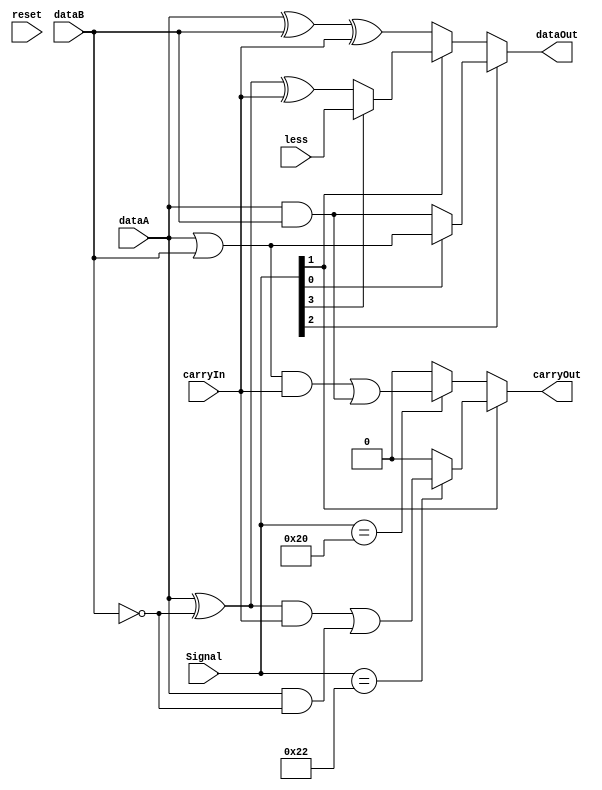
`timescale 1ns/1ns

module one_bit_ALU( dataA, dataB, carryIn, Signal, dataOut, carryOut, reset, less ) ;
input reset ;   // reset1
input dataA ;   // Abit
input dataB ; 	// Bbit
input carryIn ; // ALUcarryin
input [5:0] Signal ; // 
output dataOut ;  	 // 
output carryOut ;	 // carryOut
input less ;

// Signal 6-bits
// and : 36
// or  : 37
// add : 32
// sub : 34
// slt : 42

wire w1,w2,w3 ;  
wire tempB ;
wire temp ;
assign temp = 1'b1 ;
wire andOut, orOut ;
wire sum, carry ;
wire s1,s2,s3 ;
wire diff, dcarry ;
wire less ;

parameter AND = 6'b100100 ; //[5],[2]
parameter OR  = 6'b100101 ;//[5],[2],[0]
parameter ADD = 6'b100000 ;//[5]
parameter SUB = 6'b100010 ;//[5],[1]
parameter SLT = 6'b101010 ;//[5],[3],[1]

/**/

//assign dataOut = (reset) ? 1'b0 : dataOut ;

/*reset*/

// AND and OR gate below
and ( andOut, dataA, dataB ) ;
or ( orOut, dataA, dataB ) ;

// adder
xor ( w1, dataA, dataB ) ;
xor ( sum, w1, carryIn ) ;
// adder carry //
and ( w2, orOut, carryIn ) ;
or ( carry, w2, andOut ) ;

// subber
xor ( tempB, 1'b1, dataB ) ; // tempB = b xor 1
xor ( s1, dataA, tempB ) ;	 // s1 = a xor ( b xor 1 )
xor ( diff, s1, carryIn ) ;  // sum = ( a xor ( b xor 1 )) xor cin
and ( s2, s1, carryIn ) ;	 // s2 = ( a xor ( b xor 1 )) and cin
and ( s3, dataA, tempB ) ;   // s3 = a and ( b xor 1 )
or ( dcarry, s2, s3 ) ;		 // cout = s2 

// less


assign carryOut = Signal[1] ? ((Signal == SUB) ? dcarry : 1'b0) : ((Signal == ADD ) ? carry : 1'b0 ) ;
assign dataOut = Signal[2] ? (Signal[0] ? orOut : andOut) : (Signal[1] ? (Signal[3] ? less : diff ) : sum ) ;

endmodule

/*caseSignal*/